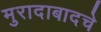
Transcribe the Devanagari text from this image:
मुरादाबादचे